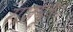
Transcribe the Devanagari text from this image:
राजपूत।